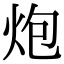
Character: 炮